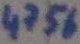
Text: 4756